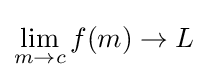
\lim _{m\to c}f(m)\to L